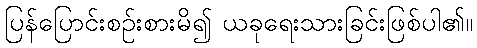
ပြန်ပြောင်းစဉ်းစားမိ၍ ယခုရေးသားခြင်းဖြစ်ပါ၏။